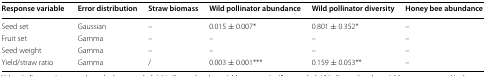
| Response variable | Error distribution | Straw biomass | Wild pollinator abundance | Wild pollinator diversity | Honey bee abundance |
 | --- | --- | --- | --- | --- | --- |
 | Seed set | Gaussian | – | 0.015 ± 0.007* | 0.801 ± 0.352* | – |
 | Fruit set | Gamma | – | – | – | – |
 | Seed weight | Gamma | – | – | – | – |
 | Yield/straw ratio | Gamma | / | 0.003 ± 0.001*** | 0.159 ± 0.053** | – |